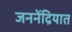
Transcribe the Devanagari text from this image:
जननेंद्रियात